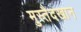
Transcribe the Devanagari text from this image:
मुस्तैदखान